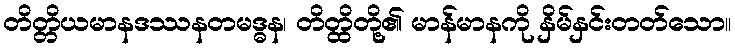
တိတ္တိယမာနဒဿနတမဒ္ဓန၊ တိတ္ထိတို့၏ မာန်မာနကို နှိမ်နှင်းတတ်သော။